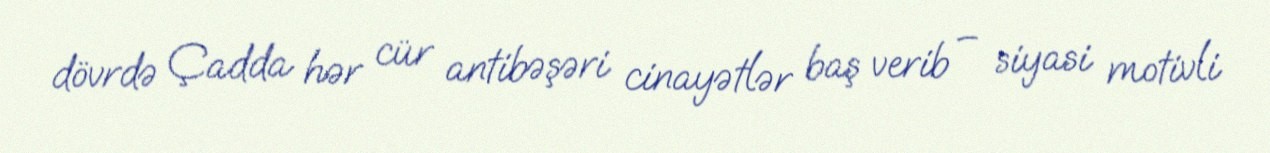
dövrdə Çadda hər cür antibəşəri cinayətlər baş verib – siyasi motivli